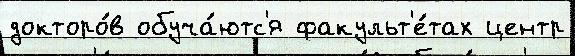
докторо́в обуча́ютс'я факульт'е́тах центр